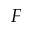
F